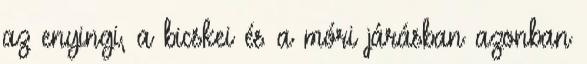
az enyingi, a bicskei és a móri járásban azonban